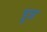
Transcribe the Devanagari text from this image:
डुन्न